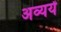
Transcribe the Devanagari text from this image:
अव्ययें